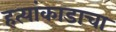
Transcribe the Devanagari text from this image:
हत्यांकाडाचा